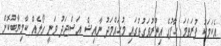
އެކަމަކު ފުރަތަމަ ހާފުގެ އިތުރުވަގުތުގައި މުހައްމަދު ނާއިޝް އަސްޖަދު ވަނީ ގޯލެއް ކާމިޔާބުކޮށް